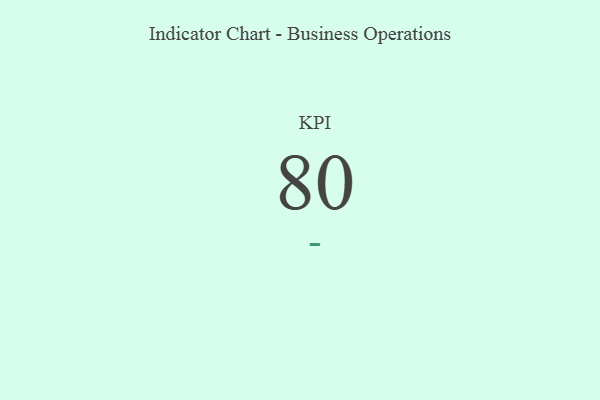
{"axis": {"x": "KPI", "y": "Value"}, "legend": [""], "data": [{"x": "KPI", "y": 80, "type": ""}]}